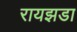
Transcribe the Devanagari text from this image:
रायझडा